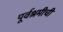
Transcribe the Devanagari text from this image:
पूर्वश्रमीची